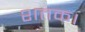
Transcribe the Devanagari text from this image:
शतक।